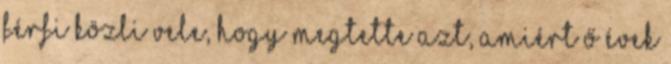
férfi közli vele, hogy megtette azt, amiért ő évek